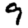
Digit: 9